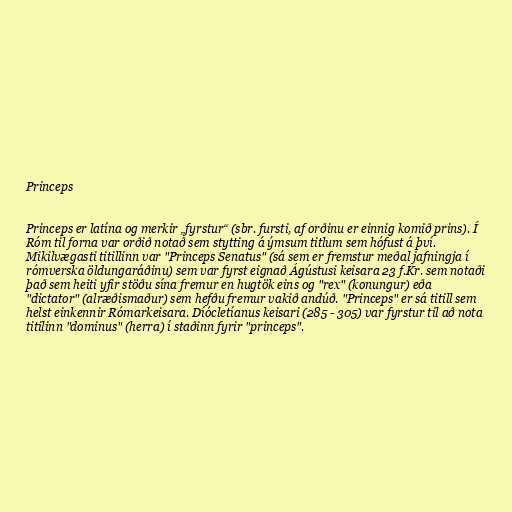
Princeps

Princeps er latína og merkir „fyrstur“ (sbr. fursti, af orðinu er einnig komið prins). Í
Róm til forna var orðið notað sem stytting á ýmsum titlum sem hófust á því.
Mikilvægasti titillinn var "Princeps Senatus" (sá sem er fremstur meðal jafningja í
rómverska öldungaráðinu) sem var fyrst eignað Ágústusi keisara 23 f.Kr. sem notaði
það sem heiti yfir stöðu sína fremur en hugtök eins og "rex" (konungur) eða
"dictator" (alræðismaður) sem hefðu fremur vakið andúð. "Princeps" er sá titill sem
helst einkennir Rómarkeisara. Díócletíanus keisari (285 - 305) var fyrstur til að nota
titilinn "dominus" (herra) í staðinn fyrir "princeps".